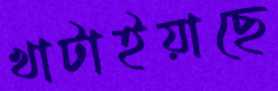
খাটাইয়াছে